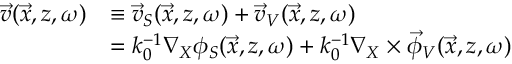
\begin{array} { r l } { \vec { v } ( \vec { x } , z , \omega ) } & { \equiv \vec { v } _ { S } ( \vec { x } , z , \omega ) + \vec { v } _ { V } ( \vec { x } , z , \omega ) } \\ & { = k _ { 0 } ^ { - 1 } \nabla _ { X } \phi _ { S } ( \vec { x } , z , \omega ) + k _ { 0 } ^ { - 1 } \nabla _ { X } \times \vec { \phi } _ { V } ( \vec { x } , z , \omega ) } \end{array}